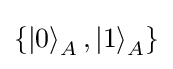
\{\left|0\right\rangle _{A},\left|1\right\rangle _{A}\}